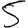
Digit: 5